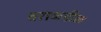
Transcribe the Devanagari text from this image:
वराकडील